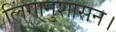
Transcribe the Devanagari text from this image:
लिंगानुशासन।